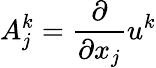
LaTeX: A_{j}^{k}=\frac{\partial}{\partial x_{j}}u^{k}